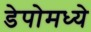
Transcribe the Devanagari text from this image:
डेपोमध्ये